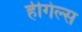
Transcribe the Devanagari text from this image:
हीगेल्स